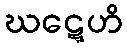
ဃဋ္ဋေဟိ